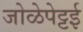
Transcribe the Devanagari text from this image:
जोळेपेट्टई